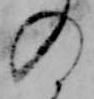
の